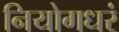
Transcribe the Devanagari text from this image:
नियोगधरं